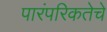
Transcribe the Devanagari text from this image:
पारंपरिकतेचे